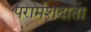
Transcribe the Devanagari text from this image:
परार्मशदाता